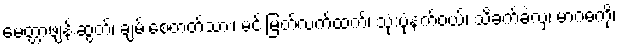
မေတ္တာဖျန်းဆွတ်၊ ချမ်းစေတတ်သား၊ မင်းမြတ်လက်ထက်၊ သုံ:ပုံနက်ဝယ်၊ သိခက်ခဲလှ၊ မာဂဓကို၊